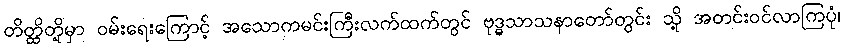
တိတ္ထိတို့မှာ ဝမ်းရေးကြောင့် အသောကမင်းကြီးလက်ထက်တွင် ဗုဒ္ဓသာသနာတော်တွင်း သို့ အတင်းဝင်လာကြပုံ၊